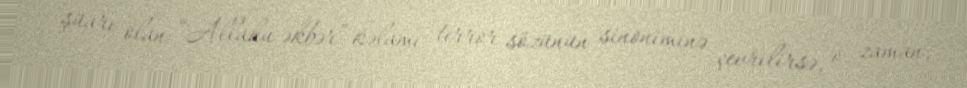
şüarı olan “Allahu əkbər” kəlamı terror sözünün sinoniminə çevrilirsə, o zaman,